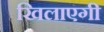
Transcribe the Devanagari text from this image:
खिलाएगी